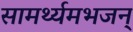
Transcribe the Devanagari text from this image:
सामर्थ्यमभजन्